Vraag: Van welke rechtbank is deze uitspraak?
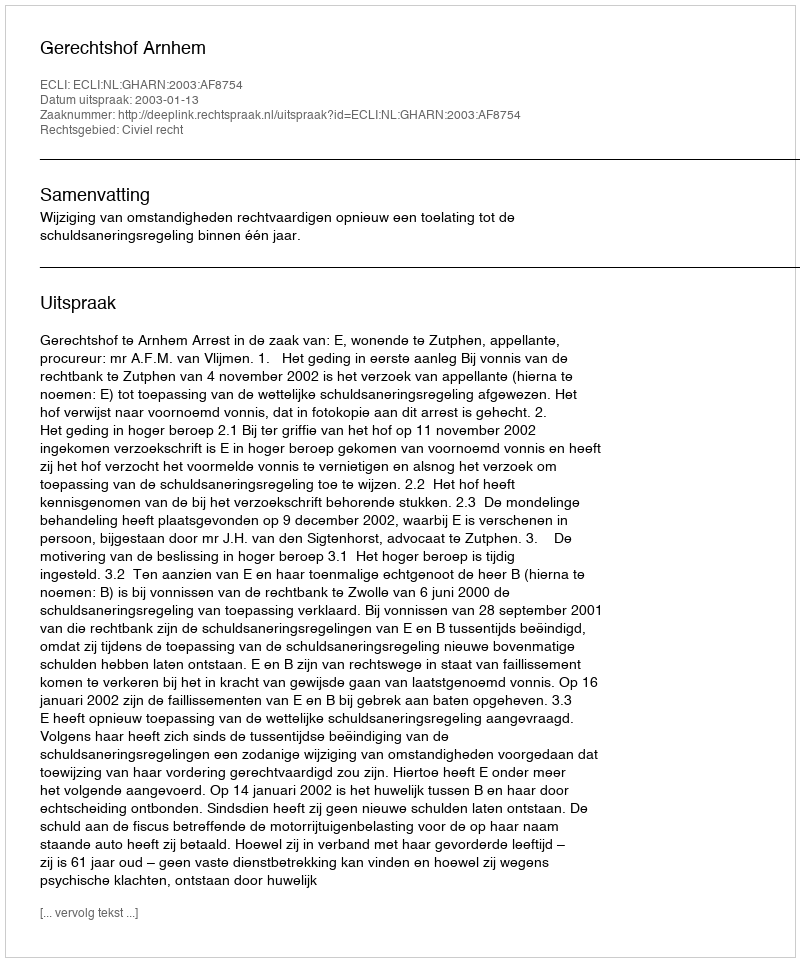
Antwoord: Gerechtshof Arnhem